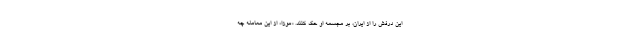
این درفش را از ایران، بر مجسمه او حک کنند. «موزا» از این معامله چه